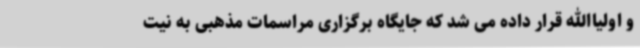
و اولیاالله قرار داده می شد که جایگاه برگزاری مراسمات مذهبی به نیت